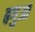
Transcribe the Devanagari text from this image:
बगुआ